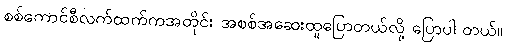
စစ်ကောင်စီလက်ထက်ကအတိုင်း အစစ်အဆေးထူပြောတယ်လို့ ပြောပါ တယ်။